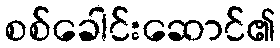
စစ်ခေါင်းဆောင်၏